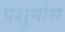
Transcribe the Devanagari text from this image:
पशुमांस